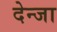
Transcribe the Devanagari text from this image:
देन्जा